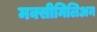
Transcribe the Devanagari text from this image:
मक्सीमिलिअन